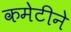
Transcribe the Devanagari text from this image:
कमेटीने